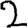
Digit: 2